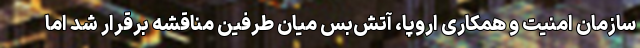
سازمان امنیت و همکاری اروپا، آتش‌بس میان طرفین مناقشه برقرار شد اما